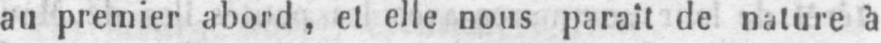
au premier abord, et elle nous paraît de nature à